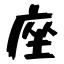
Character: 座